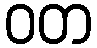
ဝတ